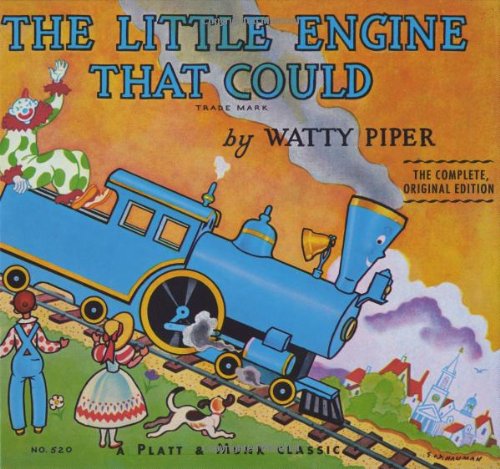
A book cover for The Little Engine That Could (Original Classic Edition); Watty Piper; Children's Books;